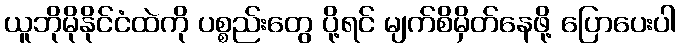
ယူဘိုမိုနိုင်ငံထဲကို ပစ္စည်းတွေ ပို့ရင် မျက်စိမှိတ်နေဖို့ ပြောပေးပါ